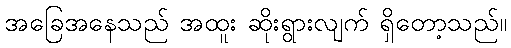
အခြေအနေသည် အထူး ဆိုးရွားလျက် ရှိတော့သည်။